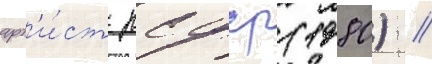
арт'и́ст рсфср (1980) //